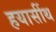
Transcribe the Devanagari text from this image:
हयासींथ